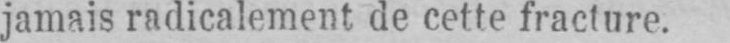
jamais radicalement de cette fracture.